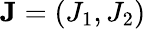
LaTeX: \mathbf{J}=(J_{1},J_{2})